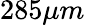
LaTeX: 285\mu m